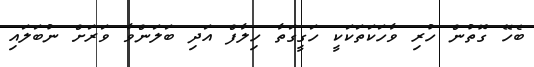
ބެހޭ ގޮތުން ހުރި ވާހަކަތަކަކީ ހަގީގަތާ ހިލާފް އަދި ބަލަންވާ ވަރަށް ނުބަލައި